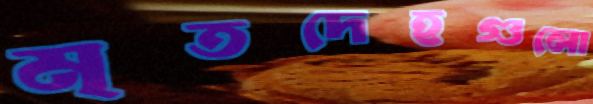
মৃতদেহগুলো